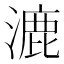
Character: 漉